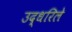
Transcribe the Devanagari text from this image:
उद्धरिले